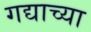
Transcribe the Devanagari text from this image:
गद्याच्या